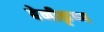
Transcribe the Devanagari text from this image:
बेनीकृष्ण